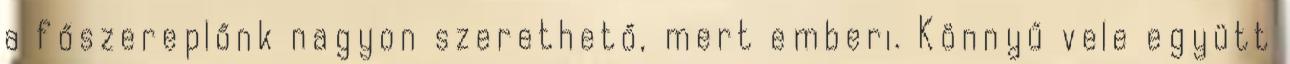
a főszereplőnk nagyon szerethető, mert emberi. Könnyű vele együtt